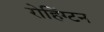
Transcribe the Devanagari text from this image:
रोहिंग्टन